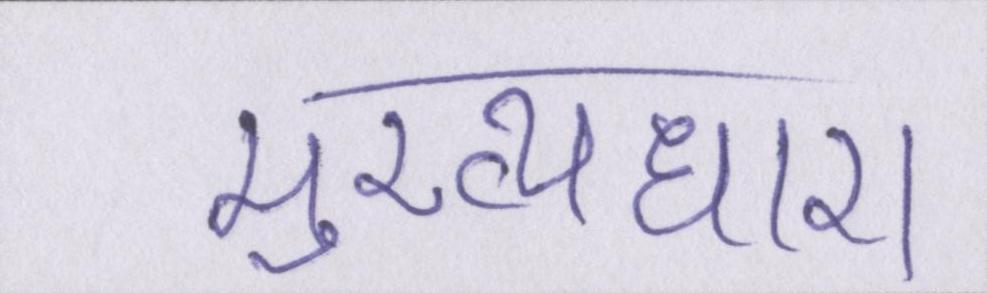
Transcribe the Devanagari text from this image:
मुख्यधारा